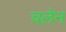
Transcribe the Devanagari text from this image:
चलेन